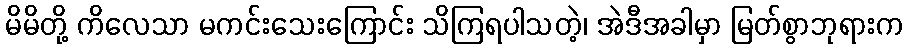
မိမိတို့ ကိလေသာ မကင်းသေးကြောင်း သိကြရပါသတဲ့၊ အဲဒီအခါမှာ မြတ်စွာဘုရားက